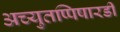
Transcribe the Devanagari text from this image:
अच्युतप्पिषारडी